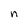
Character: n